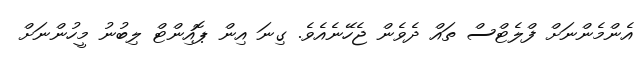
އެންމެންނަށް ފްލެޓްސް ތައް ދެވެން ޖެހޭނެއެވެ. ގިނަ އިން ޕޮއިންޓް ލިބުނު މީހުންނަށް